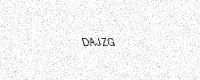
Text: DAJZG